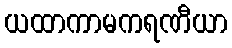
ယထာကာမကရဏီယာ